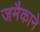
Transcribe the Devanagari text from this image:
जमैकाने